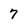
Character: 7